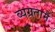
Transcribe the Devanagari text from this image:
व्यग्रतामें